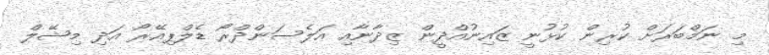
މި ނަމްބަރަށް ކުރިން ކުޅުނީ ޒައިނުއްދީން ޒިދާނާއި އަލެސަންދްރޯ ޑެލްޕިއޭރޯ އަދި މިޝޭލް